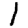
Digit: 1